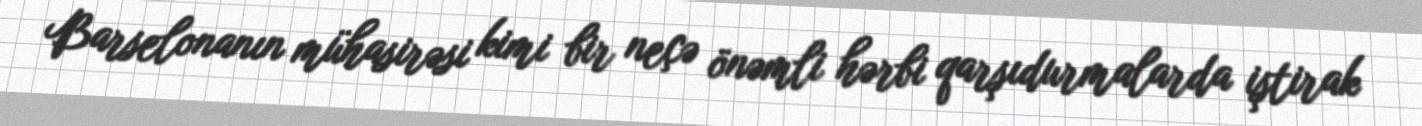
Barselonanın mühasirəsi kimi bir neçə önəmli hərbi qarşıdurmalarda iştirak